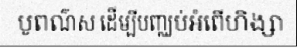
បូពណ៌ស ដើម្បីបញ្ឈប់អំពើហិង្សា